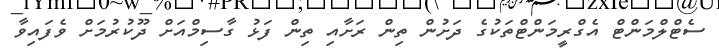
ސެޓްލްމަންޓް އެގްރީމަންޓްތަކުގެ ދަށުން ތިން ރަށާއި ތިން ފަޅު ގާސިމްއަށް ދޫކުރުމަށް ވެފައިވާ